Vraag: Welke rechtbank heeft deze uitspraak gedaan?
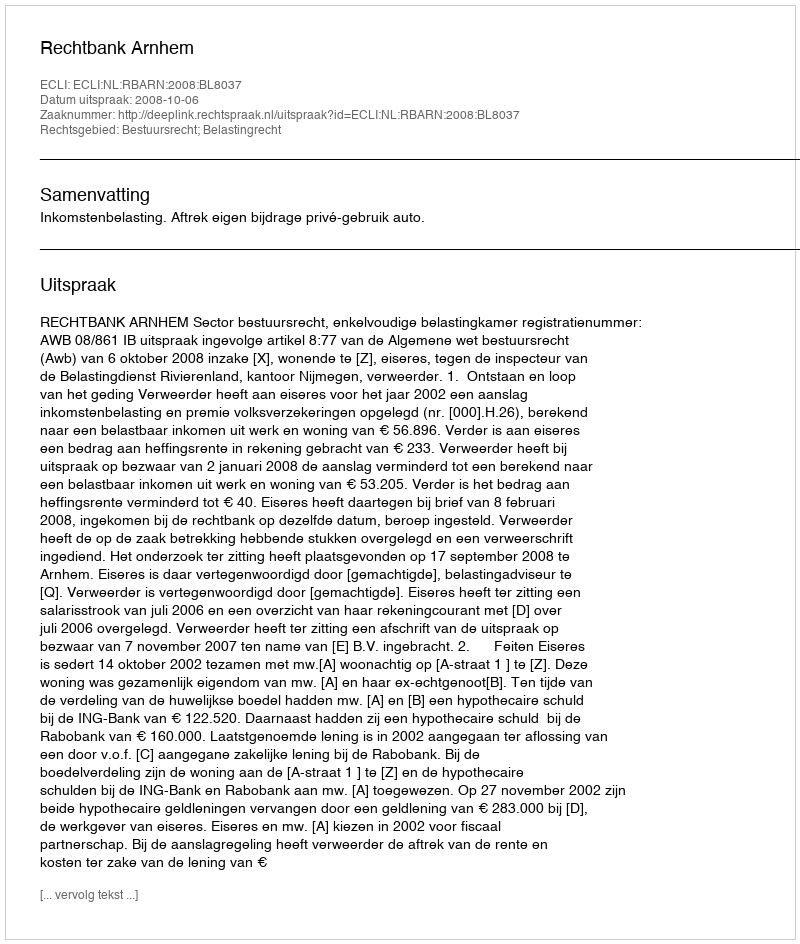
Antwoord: Rechtbank Arnhem